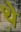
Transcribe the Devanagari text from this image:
थे़